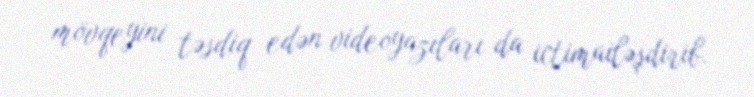
mövqeyini təsdiq edən videoyazıları da ictimailəşdirib.